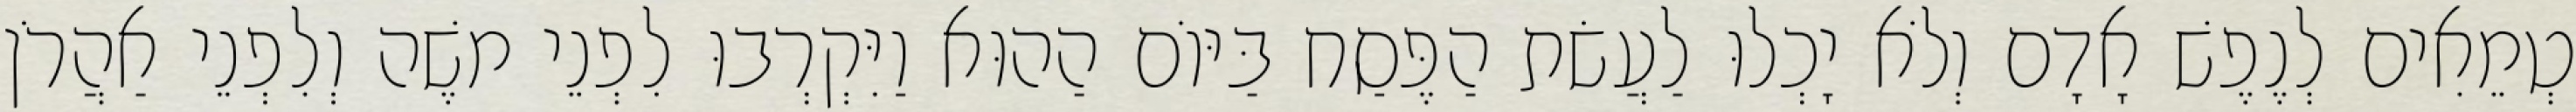
טְמֵאִים לְנֶפֶשׁ אָדָם וְלֹא יָכְלוּ לַעֲשׂת הַפֶּסַח בַּיּוֹם הַהוּא וַיִּקְרְבוּ לִפְנֵי משֶׁה וְלִפְנֵי אַהֲרֹן